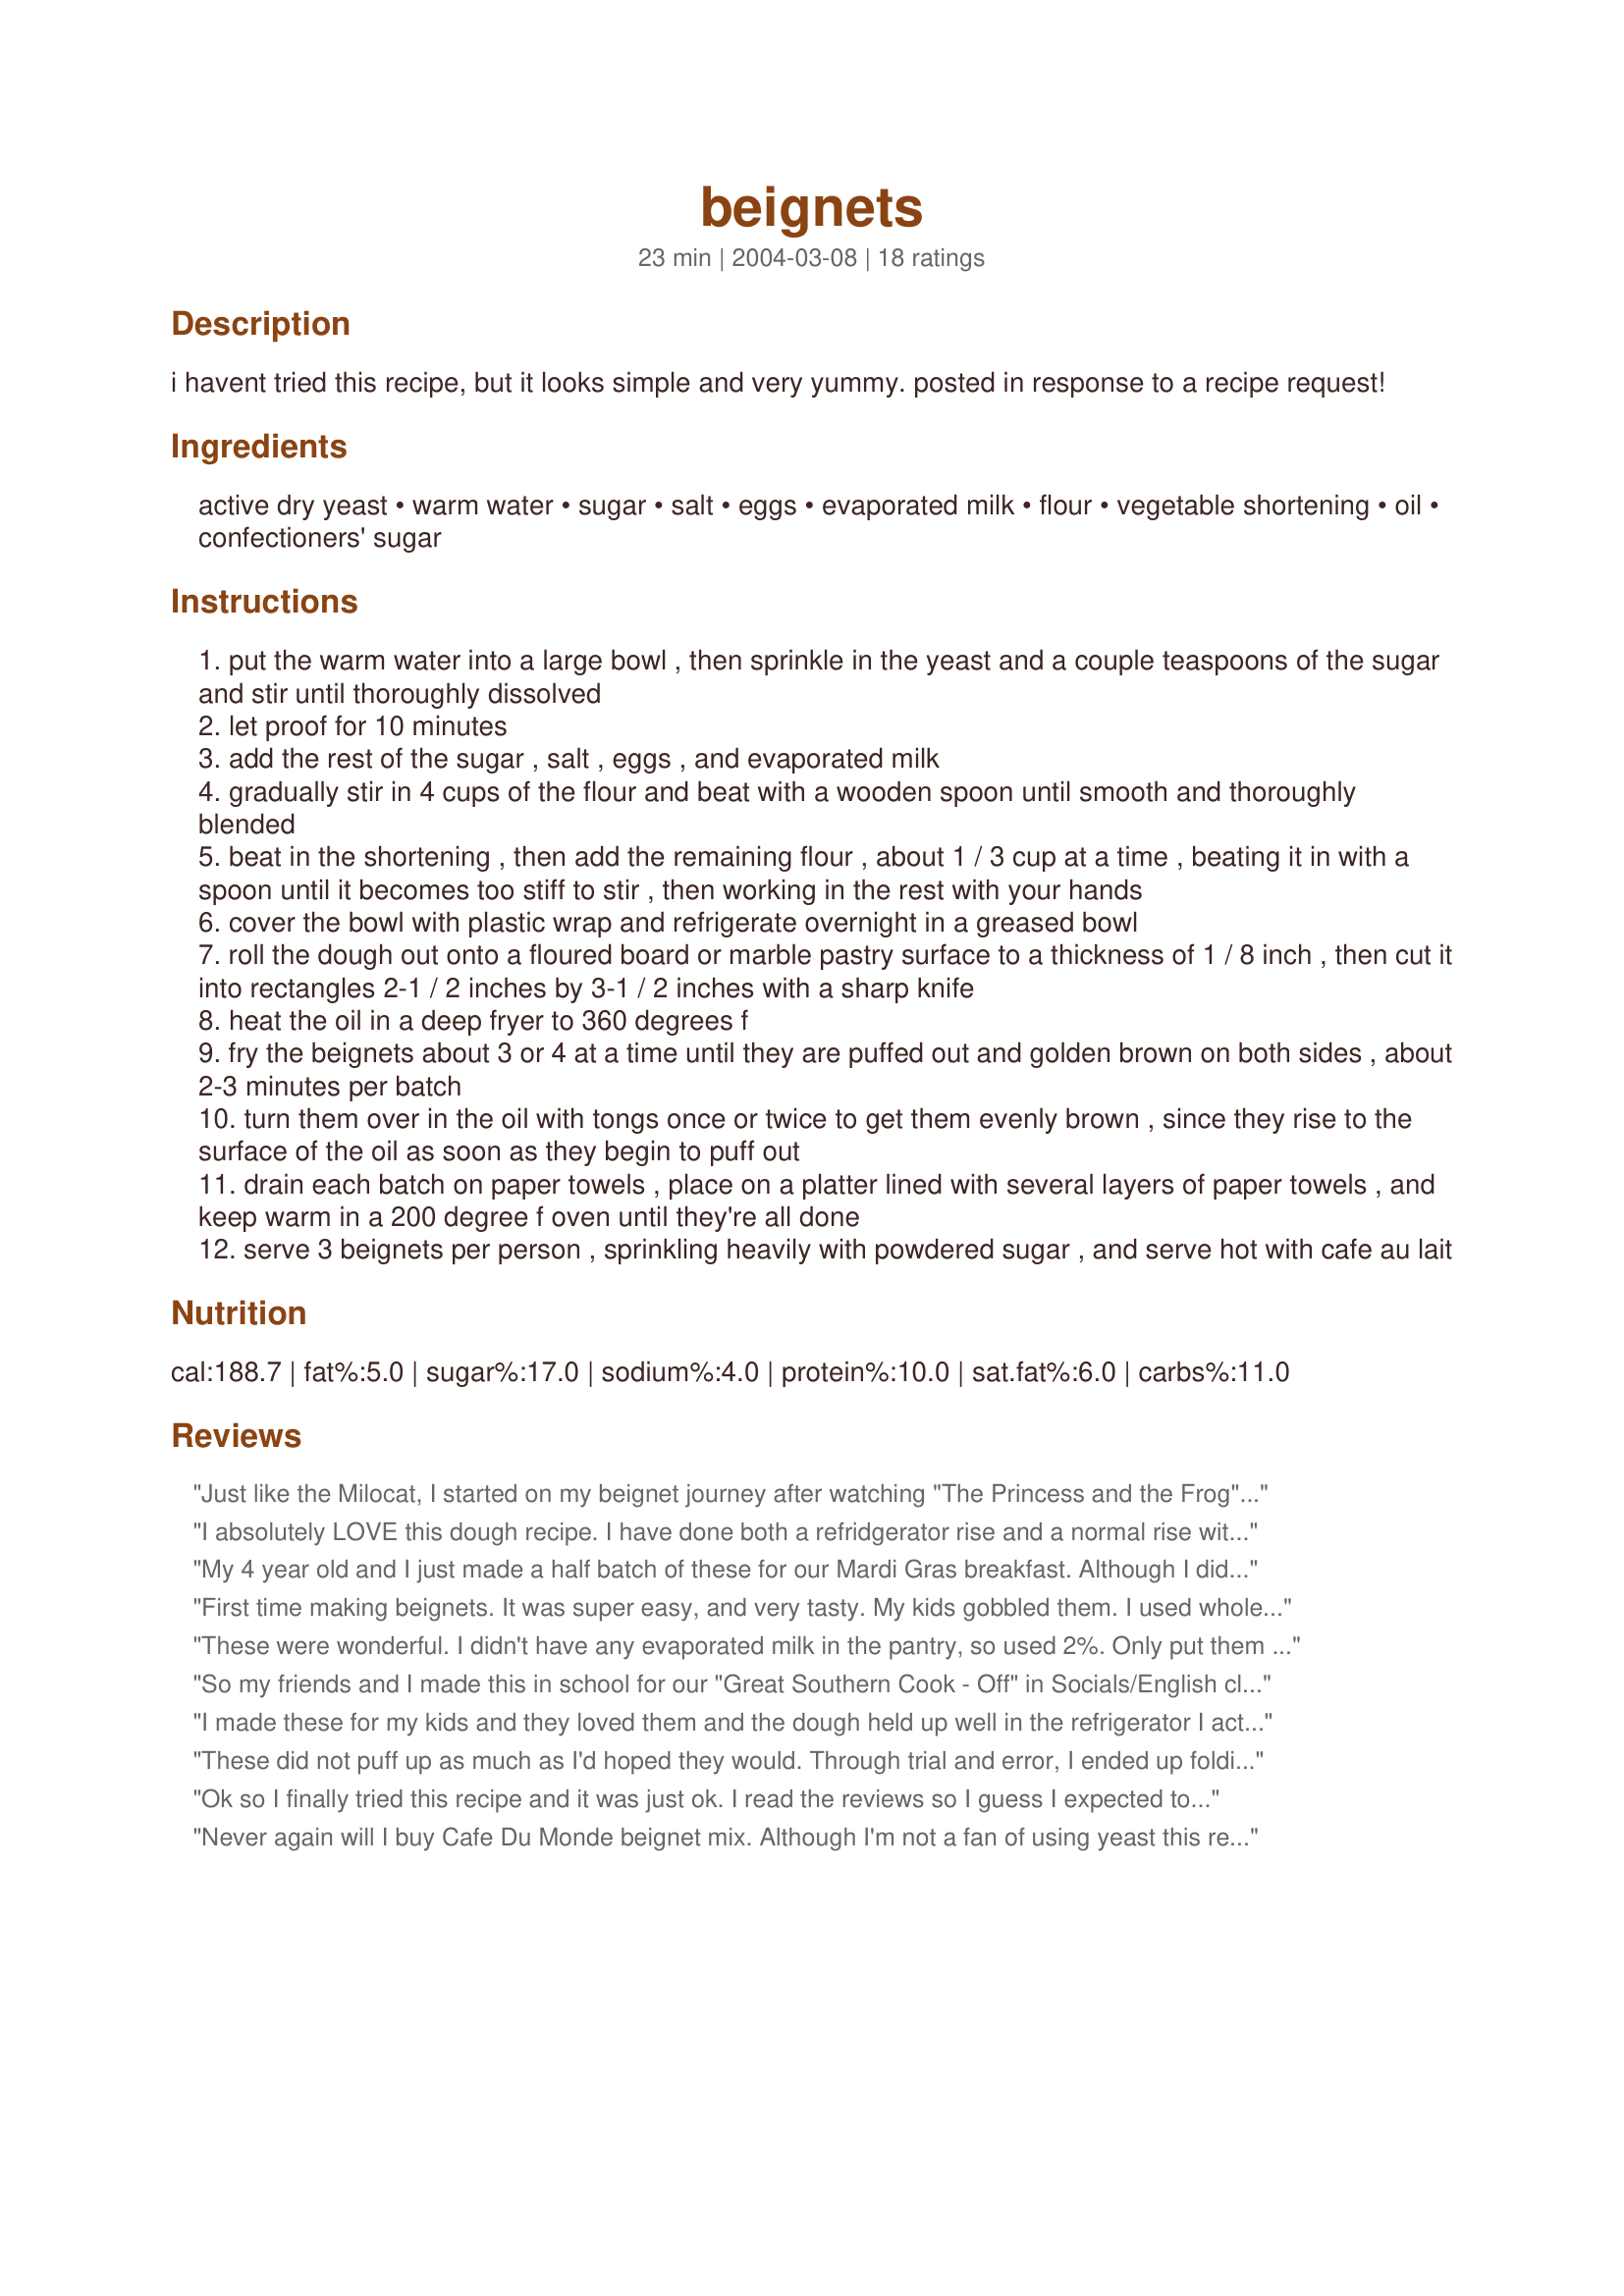
beignets
Preparation time: 23 minutes

i havent tried this recipe, but it looks simple and very yummy. posted in response to a recipe request!

Ingredients:
active dry yeast, warm water, sugar, salt, eggs, evaporated milk, flour, vegetable shortening, oil, confectioners' sugar

Steps:
put the warm water into a large bowl , then sprinkle in the yeast and a couple teaspoons of the sugar and stir until thoroughly dissolved
let proof for 10 minutes
add the rest of the sugar , salt , eggs , and evaporated milk
gradually stir in 4 cups of the flour and beat with a wooden spoon until smooth and thoroughly blended
beat in the shortening , then add the remaining flour , about 1 / 3 cup at a time , beating it in with a spoon until it becomes too stiff to stir , then working in the rest with your hands
cover the bowl with plastic wrap and refrigerate overnight in a greased bowl
roll the dough out onto a floured board or marble pastry surface to a thickness of 1 / 8 inch , then cut it into rectangles 2-1 / 2 inches by 3-1 / 2 inches with a sharp knife
heat the oil in a deep fryer to 360 degrees f
fry the beignets about 3 or 4 at a time until they are puffed out and golden brown on both sides , about 2-3 minutes per batch
turn them over in the oil with tongs once or twice to get them evenly brown , since they rise to the surface of the oil as soon as they begin to puff out
drain each batch on paper towels , place on a platter lined with several layers of paper towels , and keep warm in a 200 degree f oven until they're all done
serve 3 beignets per person , sprinkling heavily with powdered sugar , and serve hot with cafe au lait

Reviews:
Just like the Milocat, I started on my beignet journey after watching "The Princess and the Frog". The first time I tried this recipe I overworked the dough and used too much flour, not realizing that the dough needs to be much stickier than dough I'm used to working with. Lesson learned: do NOT, whatever you do, use an electric mixer with this recipe, and don't be afraid if the dough is uber sticky.<br/><br/>Also, since I was too impatient to wait 24 hrs for my beignets, I just let the dough rise until doubled in size at room temperature (about 2 hrs) and the beignets were still delightfully puffy. <br/><br/>I now have enough beignets to feed a small army even after using just a quarter of the dough, so next time, I'll be sure to halve the recipe. I'm going to try freezing the dough to see how well it keeps. <br/><br/>Bottom line- yum! Heart attack in 5 years here I come!<br/><br/>UPDATE:<br/>Be certain not to make more beignets than you're going to eat at one go. Once fried, they do *not* keep well, even overnight.
I absolutely LOVE this dough recipe. I have done both a refridgerator rise and a normal rise with a cloth on top of the dough (until doubled in size). This makes great beignets too!! I can't fry them fast enough for my crew. I do add vanilla into the dough when I add milk.<br/><br/>I also love to use this dough to make king cakes and cinnamon rolls. If you use the dough for a king cake, divide it in half after the dough has doubled in size. Roll it out to a big rectangle, add your choice of filling, roll up and push ends into each other to make an oval. Put on greased baking sheet and bake 375 for 30-40 minutes. Then ice!! Just make sure you divide dough in half....other wise you will have a HUGE king cake that may take over your oven!!<br/><br/>Thank you for a very easy versitle recipe! I have been using it for about 4 months now and I just love it!!!
My 4 year old and I just made a half batch of these for our Mardi Gras breakfast. Although I didn't have evaporated milk, I substituted whipping cream, they turned out great! I guess I need to make sure I have evaporated milk next time. I also only let them rise for 1/2 hour. Next time though, I'll be on the ball and do them accordingly...I'm not sure how they could be better, though...Thanks, for the recipe!
First time making beignets. It was super easy, and very tasty. My kids gobbled them. I used whole milk and just let it rise for about 2 hours at room temperature. I am really looking forward to making the remaining 2/3 of the dough tomorrow and seeing how it turns out.
These were wonderful. I didn't have any evaporated milk in the pantry, so used 2%. Only put them in the fridge for about a half hour since it was a last min party thing. Worked out fine.

Just like the ones I had in Louisiana.
So my friends and I made this in school for our "Great Southern Cook - Off" in Socials/English class to mark the end of our reading of To Kill a Mockingbird. It was a major hit! Everyone loved it so much we won the cook - off and took home the grand prize of the Golden Spoon! This is one recipe I will definitely remake!
I made these for my kids and they loved them and the dough held up well in the refrigerator I actually made them for several days with the same results each time. This recipe does make a huge amount so next time I will cut the recipe down for our small family
These did not puff up as much as I'd hoped they would. Through trial and error, I ended up folding them in half to make them thicker, and they puffed up more then. These are really tasty covered in powdered sugar, and we might try them again, but I'm looking for a denser beignet more like what our bakery here makes. Thanks for sharing a tasty recipe, though! My children LOVED these this morning for breakfast. Update: I made the second half of the dough without rolling it. I just pinched off and slightly flattened the dough before frying and it puffed up while remaining dense and eggy! I'll cook them this way from now on.
Ok so I finally tried this recipe and it was just ok. I read the reviews so I guess I expected to be wowed but actually I was a little under whelmed. The recipe was easy to make, I just threw everything in the mixer, and it was fun to see them puff up when they were frying but the taste was like fried bread.
Never again will I buy Cafe Du Monde beignet mix. Although I'm not a fan of using yeast this recipe was so very easy. The beignets were wonderful!!! I will agree with other reviewers who said that it makes a huge amount of food. I used about 2/3 of the dough and got about 50 beignets. I probably make them a bit smaller than recommended though. I did not leave the dough in the frig overnight either. I'm going to leave what's left over in the frig and fry it up in a day or so. I also used my kitchen aid to mix the dough. Absolutely fantastic recipe!!!!!!!
This Recipe is AMAZING! you honestly don't have to make it 24hrs. before you need it. i only waited 4hrs. and it was perfectly fine! :) its pretty sticky, but that was alright. its very easy to roll out. <br/><br/>YUMMY TIP-<br/><br/>to COAT (and i mean COAT!!) the Beignets in powdered sugar, i suggest first sticking all of the beignets in a trash bag (unused, of course!) and then melting butter in the microwave (it depends how much you make, i make a little over 24 and i used 3/4 of a stick) and pour it into the bag with the beignets in it. then, once you have shaken the bag until you feel all the beignets have been coated, pour in the powdered sugar. how ever much sugar you would like is great. this will make them super sweet! i am defiantly going to make these again!
I made this recipe last night and fried the Beignets this morning and served them with cafe au lait; reminded me of Cafe du Monde in New Orleans. Best Beignet recipe I have made, easy with a few adjustments. Instead of the hand mixing, I used my normal Kitchen Aide blade on 2 to mix the first four cups of flour into the batter, then I switched to the bread hook and added the rest of the batter, increased the speed for dough and let run until the dough cleaned the sides of the bowl and formed a ball. Other than that, I followed the recipe exactly. I only fried up half the recipe as it makes a lot of dough and used the other half to make some awesome Cinnamon Rolls. The rolls have light, tender bread with a slight sweet taste in addition to the cinnamon and sugar mixture. YUM, definitely a keep, I would have served both in my Tea Room if I still had it opened.
I've never had beignets before, but after watch The Princess and the Frog so many times, I really wanted to try them! This recipe was great! It was so easy to make and they turned out amazing! I made a half recipe and we got about 18-20 nice sized beignets. <br/><br/>I didn't have any evaporated milk, so I used whole milk that was leftover from making ice cream. <br/><br/>After frying- only about 1 minute total for ours- we dipped them in powdered sugar, but off a corner, and poured honey in them. Soooo good! Sort of like a sopapilla, but better! Next, I'm going to try them with a cherry sauce!
The whole family loved these heavenly, deep-fried treats. I halved the recipe and I still managed to make 15 beignets! Better than donuts (I think - let me get a donut!), crispy outside, puffy/tender inside, and a nice sprinkling of icing sugar to lend just the right sweet note. Not for everyday - definitely special.
Carrie - go ahead and make these soon - they are YUMMY! Though I could swear I bought a can of evaporated milk, I could not find it in the pantry, so substituted buttermilk. I also cut the recipe in half, and it still made a lot - but no complaints from that front! My husband and I really enjoyed such a nice breakfast treat, and memories of Cafe du Mond.
When I made these Beignets, they where a hit. We also halved the recipe and it still made a ton. I feel like I will never have to go to New Orleans again. My husband and I gobbled them all up.
My six-year-old son wanted beignets, and so he did all the mixing while I put everything for half this recipe into a bowl for him. He mixed and mixed, and then I finished off the dough.

The dough was very plastic and nice in the morning, easy to roll out, even after gently flattening it and kneading it a few times to distribute stuff.

I fried half the dough, at about 325 degrees as we're over 5000 ft in altitude and oil seems to smoke sooner up here, and they turned out wonderful, crisp on the outside, soft on the inside, and perfect with the powdered sugar. I'm keeping the other half of the dough in the fridge for tomorrow because we could only eat half, and I'll see if it turns out.
Made these for an army of eaters and they still disappeared quickly! Thanks for posting; we'll definitely make them again!
